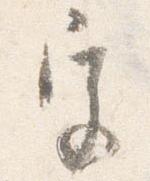
宮